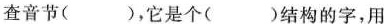
查音节( )，它是个( )结构的字，用